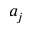
a _ { j }